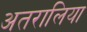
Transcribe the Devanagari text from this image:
अतरालिया